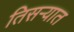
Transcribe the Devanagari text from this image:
तिसर्‍यात